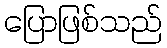
ပြောဖြစ်သည်